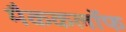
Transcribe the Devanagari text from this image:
मैककलॉफ